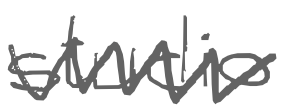
Text: studio
Cross-out: zig-zag
Writing tool: digital_gray